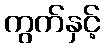
ကွက်နှင့်